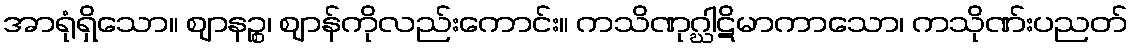
အာရုံရှိသော။ ဈာနဉ္စ၊ ဈာန်ကိုလည်းကောင်း။ ကသိဏုဂ္ဃါဋိမာကာသော၊ ကသိုဏ်းပညတ်